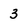
Character: 3